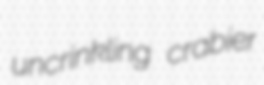
uncrinkling crabier